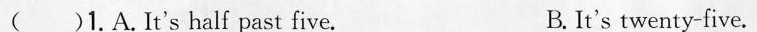
( )1.A.It's half past five. B. It's twenty-five.